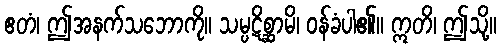
ဧတံ၊ ဤအနက်သဘောကို။ သမ္ပဋိစ္ဆာမိ၊ ဝန်ခံပါ၏။ ဣတိ၊ ဤသို့။